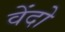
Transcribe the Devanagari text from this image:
वेंदो